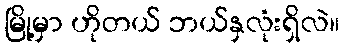
မြို့မှာ ဟိုတယ် ဘယ်နှလုံးရှိလဲ။